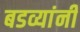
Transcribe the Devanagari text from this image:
बडव्यांनी